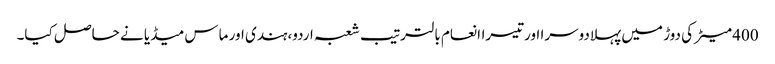
400 میٹر کی دوڑ میں پہلادوسرا اورتیسراانعام بالترتیب شعبہ اردو،ہندی اور ماس میڈیا نے حاصل کیا۔